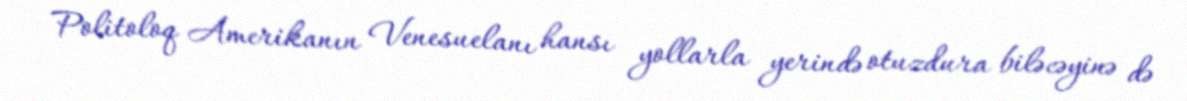
Politoloq Amerikanın Venesuelanı hansı yollarla yerində otuzdura biləcəyinə də